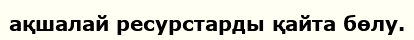
ақшалай ресурстарды қайта бөлу.